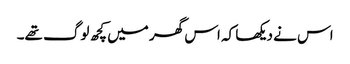
اس نے دیکھا کہ اس گھر میں کچھ لوگ تھے۔